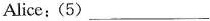
Alice:(5)___